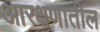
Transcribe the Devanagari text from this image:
आरक्षणातील